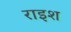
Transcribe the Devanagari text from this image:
राइश